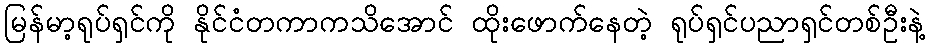
မြန်မာ့ရုပ်ရှင်ကို နိုင်ငံတကာကသိအောင် ထိုးဖောက်နေတဲ့ ရုပ်ရှင်ပညာရှင်တစ်ဦးနဲ့